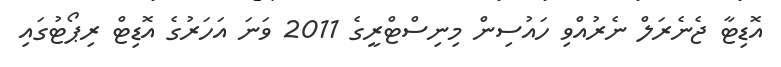
އޮޑިޓާ ޖެނެރަލް ނެރުއްވި ހައުސިން މިނިސްޓްރީގެ 2011 ވަނަ އަހަރުގެ އޮޑިޓް ރިޕޯޓުގައި